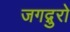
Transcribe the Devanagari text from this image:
जगद्गुरो